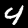
Label: 4